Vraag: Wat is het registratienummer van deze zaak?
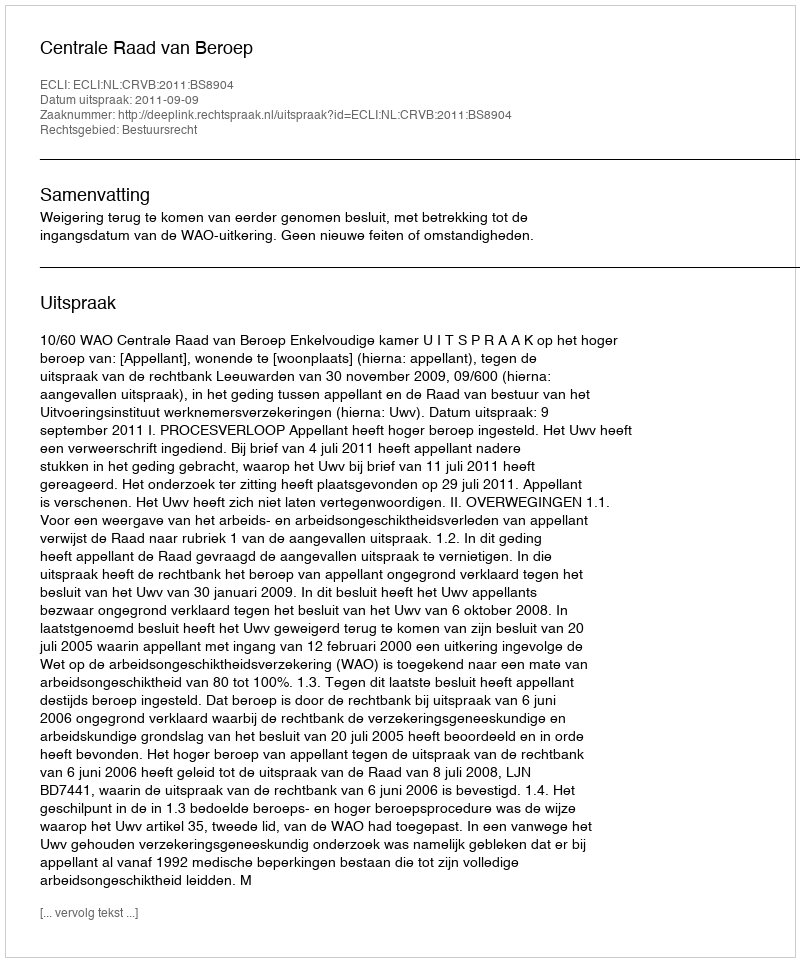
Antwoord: http://deeplink.rechtspraak.nl/uitspraak?id=ECLI:NL:CRVB:2011:BS8904